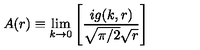
A ( r ) \equiv \lim _ { k \to 0 } \left[ { \frac { i g ( k , r ) } { \sqrt { \pi / 2 } \sqrt { r } } } \right]